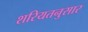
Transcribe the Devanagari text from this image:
शरियतनुसार